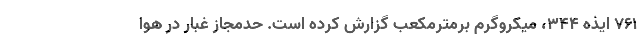
۷۶۱ ایذه ۳۴۴، میکروگرم برمترمکعب گزارش کرده است. حدمجاز غبار در هوا